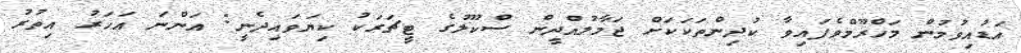
އަޑުއިވުމުން މަހްރޫމްވެފައިވާ ކުދިންތަކަކަށް ޖަމާލުއްދީން ސްކޫލުގެ ޓީޗަރަކު ކިޔަވައިދެނީ: އަންނަ އަހަރު އިތުރު